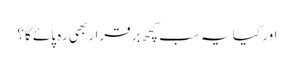
اور کیا یہ سب کچھ برقرار بھی رہ پائے گا؟